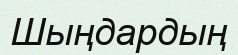
Шыңдардың